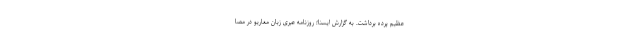
عظیم پرده برداشت. به گزارش ایسنا؛ روزنامه عبری زبان معاریو در مصا